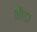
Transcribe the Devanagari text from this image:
भौंडा